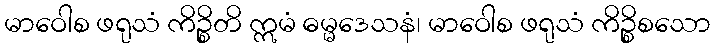
မာဝေါစ ဖရုသံ ကိဉ္စိတိ ဣမံ ဓမ္မဒေသနံ၊ မာဝေါစ ဖရုသံ ကိဉ္စိစသော